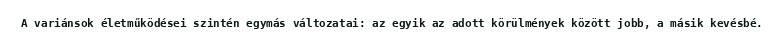
A variánsok életműködései szintén egymás változatai: az egyik az adott körülmények között jobb, a másik kevésbé.